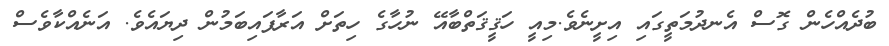
ބުދެއްހެން ގޮސް އެނދުމަތީގައި އިށީނެވެ.މިއީ ހަޤީޤަތްބާއޭ ނުހާގެ ހިތަށް އަރާފައިބަމުން ދިޔައެވެ. އަނެއްކާވެސް